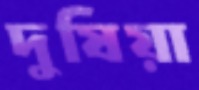
দুষিয়া